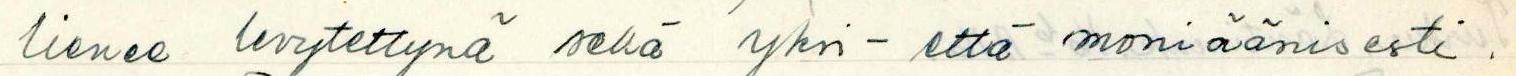
lienee levytettynä sekä yksi - että moniäänisesti.